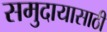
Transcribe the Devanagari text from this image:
समुदायासाठी